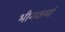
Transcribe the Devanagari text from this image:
भीमकर्मा